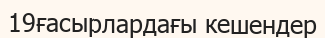
19ғасырлардағы кешендер